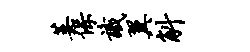
萎保识翼斛